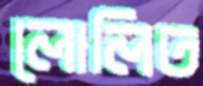
লোলিত